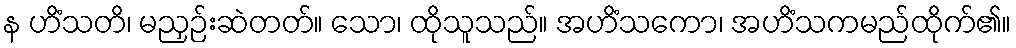
န ဟိံသတိ၊ မညှဉ်းဆဲတတ်။ သော၊ ထိုသူသည်။ အဟိံသကော၊ အဟိံသကမည်ထိုက်၏။